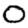
Digit: 0